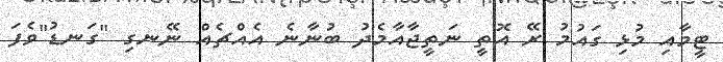
ޓީމާއި މުޅި ގައުމު ރޭ އޮތީ ނަތީޖާއާމެދު ބުނާނެ އެއްޗެއް ނޭނގި "ގަނޑު"ވެފަ